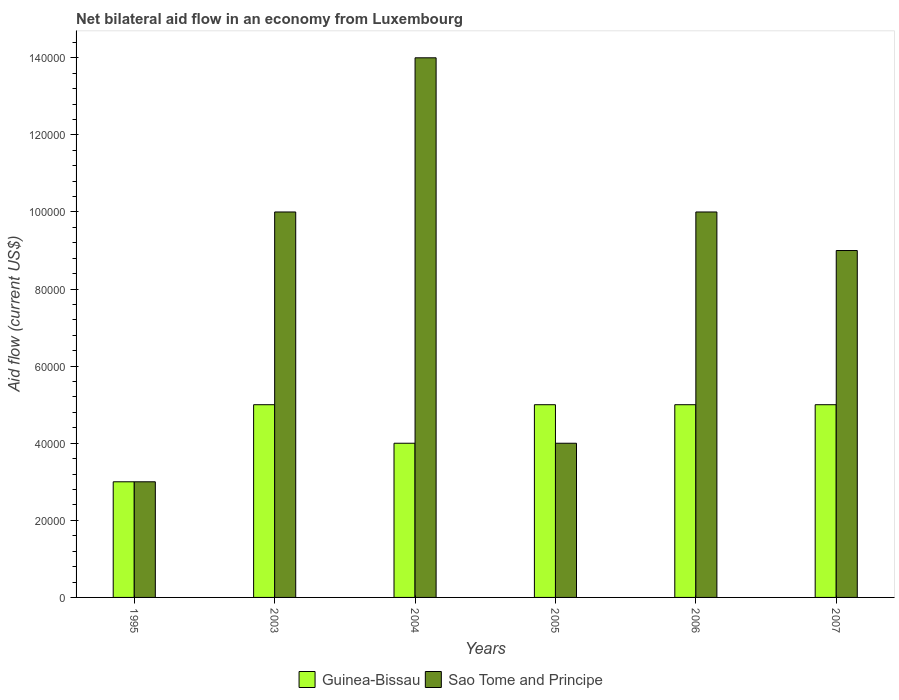
| Years | Guinea-Bissau | Sao Tome and Principe |
 | --- | --- | --- |
 | 1995 | 3e+04 | 3e+04 |
 | 2003 | 5e+04 | 1e+05 |
 | 2004 | 4e+04 | 1.4e+05 |
 | 2005 | 5e+04 | 4e+04 |
 | 2006 | 5e+04 | 1e+05 |
 | 2007 | 5e+04 | 9e+04 |